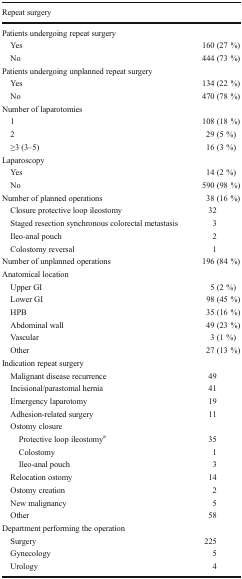
<table><thead><tr><td><b>Repeat surgery</b></td><td></td></tr></thead><tbody><tr><td colspan="2">Patients undergoing repeat surgery</td></tr><tr><td> Yes</td><td>160 (27 %)</td></tr><tr><td> No</td><td>444 (73 %)</td></tr><tr><td colspan="2">Patients undergoing unplanned repeat surgery</td></tr><tr><td> Yes</td><td>134 (22 %)</td></tr><tr><td> No</td><td>470 (78 %)</td></tr><tr><td colspan="2">Number of laparotomies</td></tr><tr><td> 1</td><td>108 (18 %)</td></tr><tr><td> 2</td><td>29 (5 %)</td></tr><tr><td> ≥3 (3–5)</td><td>16 (3 %)</td></tr><tr><td colspan="2">Laparoscopy</td></tr><tr><td> Yes</td><td>14 (2 %)</td></tr><tr><td> No</td><td>590 (98 %)</td></tr><tr><td>Number of planned operations</td><td>38 (16 %)</td></tr><tr><td> Closure protective loop ileostomy</td><td>32</td></tr><tr><td> Staged resection synchronous colorectal metastasis</td><td>3</td></tr><tr><td> Ileo-anal pouch</td><td>2</td></tr><tr><td> Colostomy reversal</td><td>1</td></tr><tr><td>Number of unplanned operations</td><td>196 (84 %)</td></tr><tr><td colspan="2">Anatomical location</td></tr><tr><td> Upper GI</td><td>5 (2 %)</td></tr><tr><td> Lower GI</td><td>98 (45 %)</td></tr><tr><td> HPB</td><td>35 (16 %)</td></tr><tr><td> Abdominal wall</td><td>49 (23 %)</td></tr><tr><td> Vascular</td><td>3 (1 %)</td></tr><tr><td> Other</td><td>27 (13 %)</td></tr><tr><td colspan="2">Indication repeat surgery</td></tr><tr><td> Malignant disease recurrence</td><td>49</td></tr><tr><td> Incisional/parastomal hernia</td><td>41</td></tr><tr><td> Emergency laparotomy</td><td>19</td></tr><tr><td> Adhesion-related surgery</td><td>11</td></tr><tr><td colspan="2"> Ostomy closure</td></tr><tr><td>Protective loop ileostomy<sup>a</sup></td><td>35</td></tr><tr><td>Colostomy</td><td>1</td></tr><tr><td>Ileo-anal pouch</td><td>3</td></tr><tr><td> Relocation ostomy</td><td>14</td></tr><tr><td> Ostomy creation</td><td>2</td></tr><tr><td> New malignancy</td><td>5</td></tr><tr><td> Other</td><td>58</td></tr><tr><td colspan="2">Department performing the operation</td></tr><tr><td> Surgery</td><td>225</td></tr><tr><td> Gynecology</td><td>5</td></tr><tr><td> Urology</td><td>4</td></tr></tbody></table>